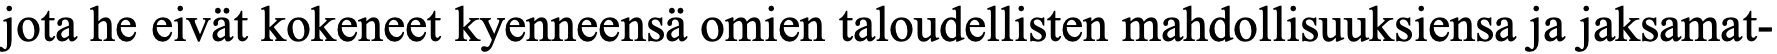
jota he eivät kokeneet kyenneensä omien taloudellisten mahdollisuuksiensa ja jaksamat-